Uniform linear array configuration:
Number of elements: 8
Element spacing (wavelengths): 0.25
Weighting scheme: exponential
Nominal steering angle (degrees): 15
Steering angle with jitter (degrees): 14.614
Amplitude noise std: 0.05
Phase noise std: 0.05

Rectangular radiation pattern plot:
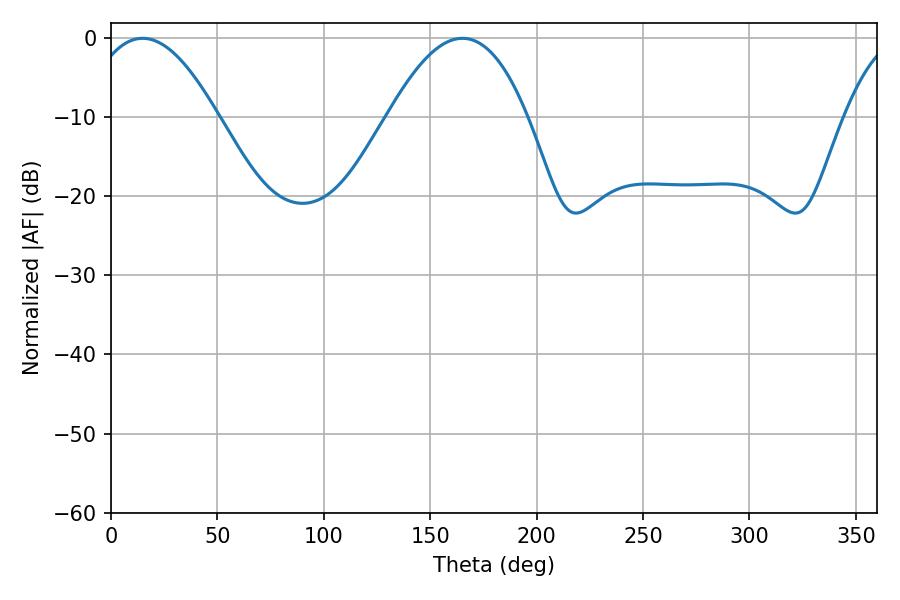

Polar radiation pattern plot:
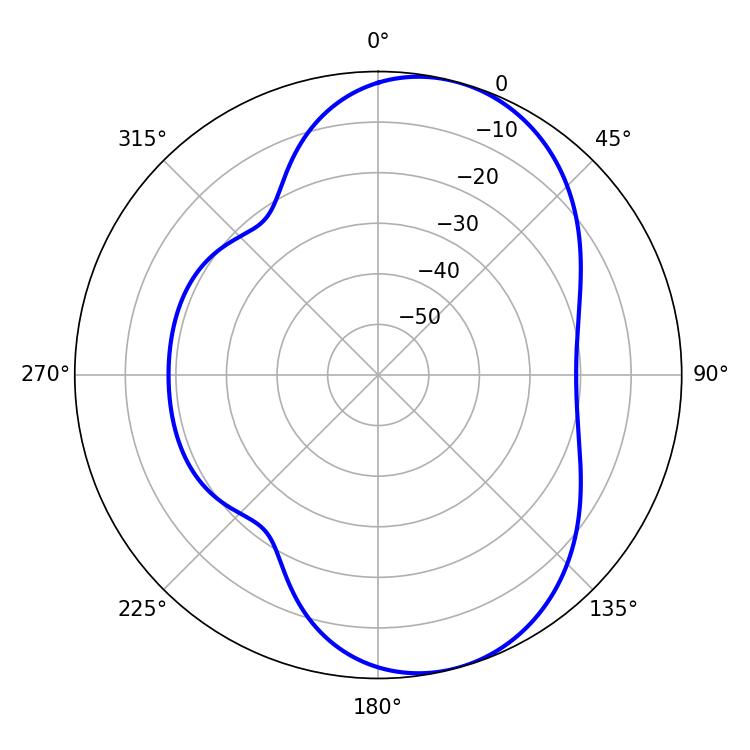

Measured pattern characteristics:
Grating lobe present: FALSE
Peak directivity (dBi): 7.429
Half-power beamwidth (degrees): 33.66
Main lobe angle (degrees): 14.94